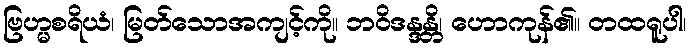
ဗြဟ္မစရိယံ၊ မြတ်သောအကျင့်ကို။ ဘဝိဒန္ဒန္တိ၊ ဟောကုန်၏။ တထရူပါ၊